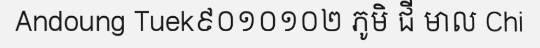
Andoung Tuek៩០១០១០២ ភូមិ ជី មាល Chi